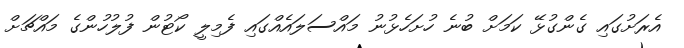
އެރަށުގައި ގެންގުޅޭ ކަމަށް ބުނެ ހުށަހެޅުނު މައްސަލައެއްގައި ފެމިލީ ކޯޓުން ފުލުހުންގެ މައްޗަށް